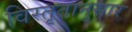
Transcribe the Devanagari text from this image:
विस्तृतानुसार